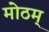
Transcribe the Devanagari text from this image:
मोठम्‌